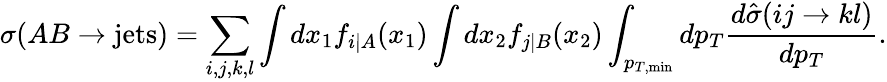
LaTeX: \sigma(AB\rightarrow\mathrm{jets})=\sum_{i,j,k,l}\int dx_{1}f_{i|A}(x_{1})\int dx_{2}f_{j|B}(x_{2})\int_{p_{T,\mathrm{min}}}dp_{T}\frac{d\hat{\sigma}(ij\rightarrow kl)}{dp_{T}}.